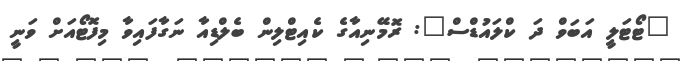
"ޓޯޓަލީ އަބަވް ދަ ކްލައުޑްސް": ރޮމޭނިއާގެ ކެއިޓްލިން ބެލްޑިއާ ނަގާފައިވާ މިފޮޓޯއަށް ވަނީ